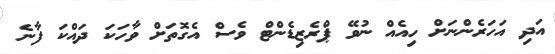
އަދި އަހަރެންނަށް ހިއެއް ނުވޭ ޕްރެޒިޑެންޓް ވެސް އެގޮތަށް ވާހަކަ ދައްކަ ފާނެ